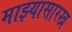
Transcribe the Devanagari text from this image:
माझ्यासारख